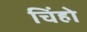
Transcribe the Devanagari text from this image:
चिंहो